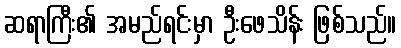
ဆရာကြီး၏ အမည်ရင်းမှာ ဦးဖေသိန်း ဖြစ်သည်။